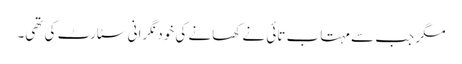
مگر جب سے مہتاب تائی نے کھانے کی خود نگرانی سٹارٹ کی تھی۔